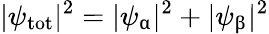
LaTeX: |\psi_{\mathrm{tot}}|^{2}=|\psi_{\upalpha}|^{2}+|\psi_{\upbeta}|^{2}